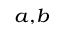
^ { a , b }